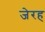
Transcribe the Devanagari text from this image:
जेरह